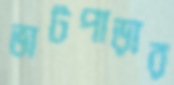
ভাটপাড়ার